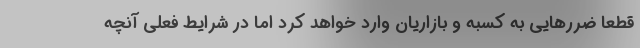
قطعا ضررهایی به کسبه و بازاریان وارد خواهد کرد اما در شرایط فعلی آنچه